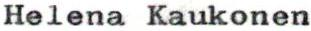
Helena Kaukonen